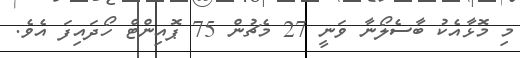
މި މޮޅާއެކު ބާސެލޯނާ ވަނީ 27 މެޗުން 75 ޕޮއިންޓް ހޯދައިފަ އެވެ.